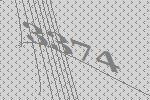
3374